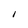
Character: I